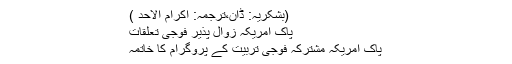
(بشکریہ: ڈان،ترجمہ: اکرام الاحد )
پاک امریکہ زوال پذیر فوجی تعلقات
پاک امریکہ مشترکہ فوجی تربیت کے پروگرام کا خاتمہ